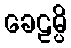
ခေဠမ္ပိ